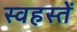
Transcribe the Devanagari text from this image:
स्वहस्तें